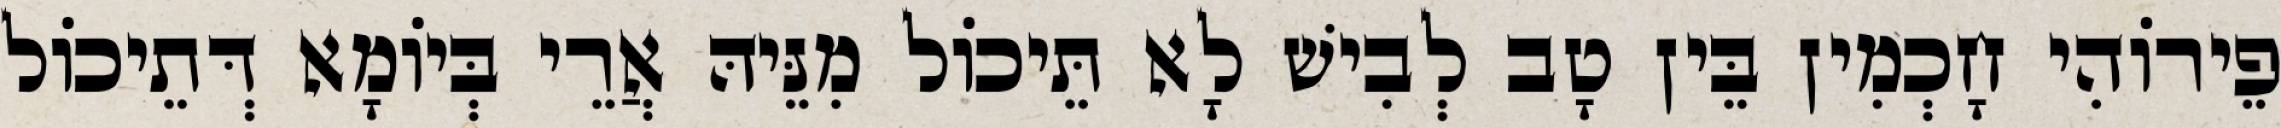
פֵירוֹהִי חָכְמִין בֵּין טָב לְבִישׁ לָא תֵּיכוֹל מִנֵּיהּ אֲרֵי בְּיוֹמָא דְּתֵיכוֹל